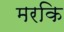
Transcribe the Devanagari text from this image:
मरकि